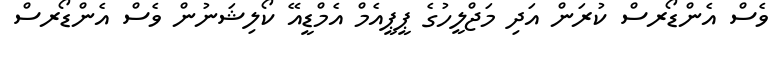
ވެސް އެންޑޯރސް ކުރަން އަދި މަޖްލީހުގެ ޕީޕީއެމް އެމްޑީއޭ ކޯލިޝަނުން ވެސް އެންޑޯރސް